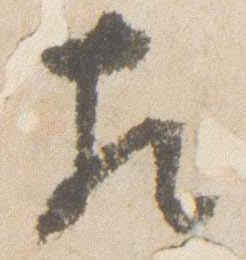
左